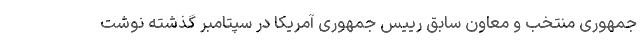
جمهوری منتخب و معاون سابق رییس جمهوری آمریکا در سپتامبر گذشته نوشت